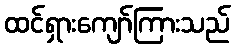
ထင်ရှားကျော်ကြားသည်